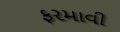
ફરમાવી